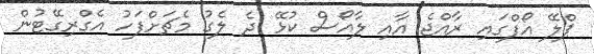
ޕްލޭ އޯފްގައި ރާއްޖެ އާއި ލާއޯސް ކުޅޭ ދެ ލެގު މެޗަށްފަހު އެގްރިގޭޓުން